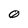
Character: 0